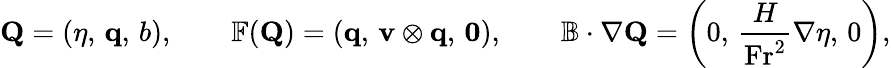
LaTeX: \mathbf{Q}=\left(\eta,\, \mathbf{q},\, b\right),\qquad\mathbb{F}(\mathbf{Q})=\left(\mathbf{q},\, \mathbf{v}\otimes\mathbf{q},\, \mathbf{0}\right),\qquad\mathbb{B}\cdot\nabla\mathbf{Q}=\left(0,\, \frac{H}{\textnormal{Fr}^{2}}\nabla\eta,\, 0\right),